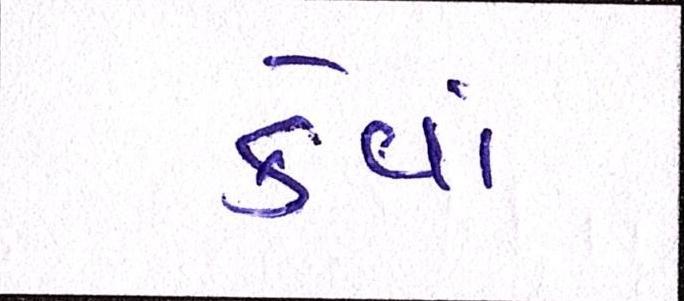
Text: કેવાં